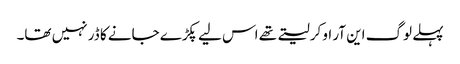
پہلے لوگ این آر او کرلیتے تھے اس لیے پکڑے جانے کا ڈر نہیں تھا۔